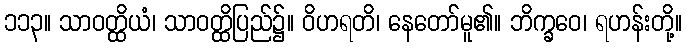
၁၁၃။ သာဝတ္ထိယံ၊ သာဝတ္ထိပြည်၌။ ဝိဟရတိ၊ နေတော်မူ၏။ ဘိက္ခဝေ၊ ရဟန်းတို့။